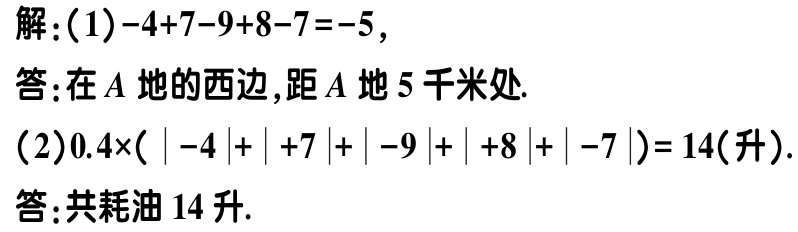
解：
(1) \(-4 + 7 - 9 + 8 - 7 = -5\)，
答：在\(A\)地的西边，距\(A\)地\(5\)千米处.
(2) \(0.4\times(|-4| + | + 7|+| - 9|+| + 8|+| - 7|)= 14\)(升).
答：共耗油\(14\)升.